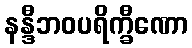
နန္ဒီဘဝပရိက္ခီဏော